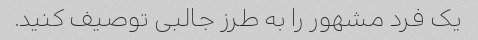
یک فرد مشهور را به طرز جالبی توصیف کنید.